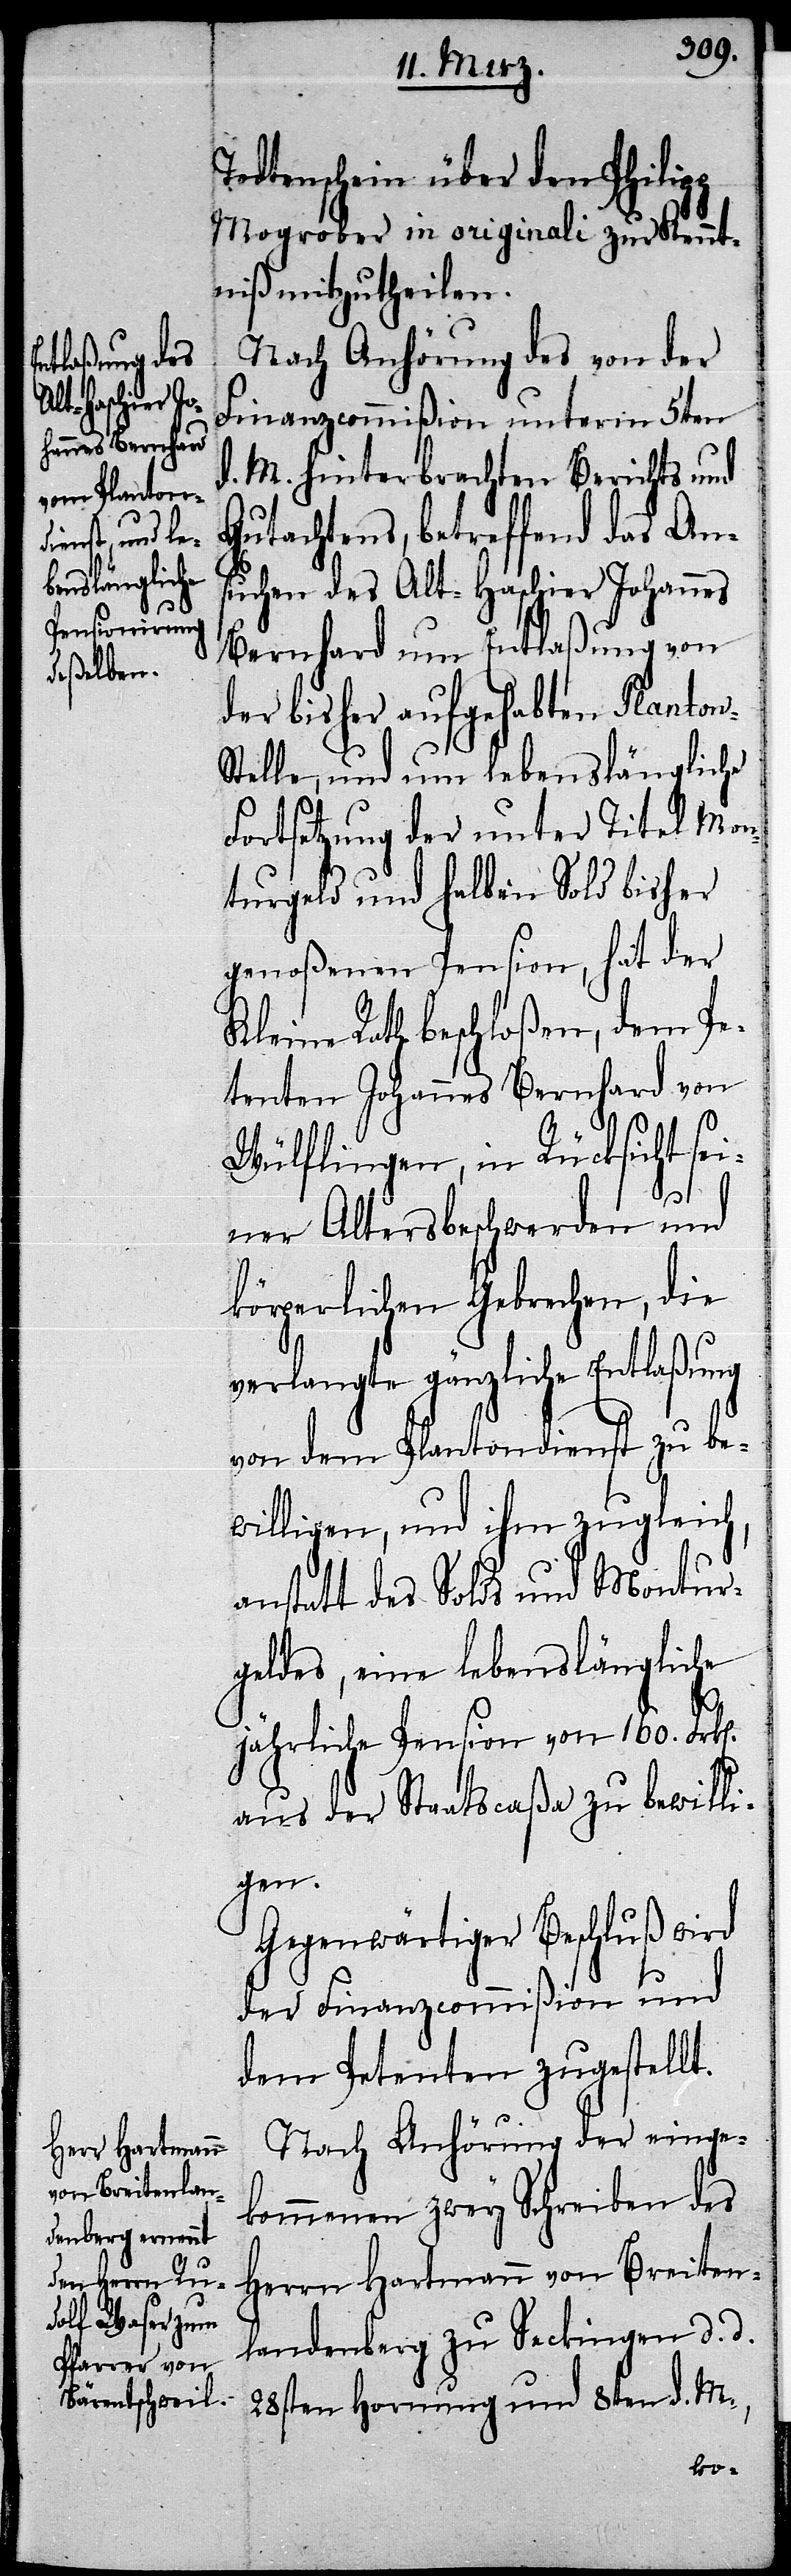
Todtenschein über den Philipp
Mogrober in originali zur Kennt¬
niß mitzutheilen.
Nach Anhörung des von der
Finanzcommißion unterm 5ten
d. M. hinterbrachten Berichts und
tachtens, betreffend das An¬
suchen des Alt-Haschier Johannes
Bernhard um Entlaßung von
der bisher aufgehabten Planto¬
telle, und um lebenslängliche
Fortsetzung der unter Titel Mon¬
turgeld und halben Sold bisher
genoßenen Pension, hat der
Kleine Rath beschloßen, dem Pe¬
tenten Johannes Bernhard von
Wülflingen, in Rücksicht sei¬
ner Altersbeschwerden und
körperlichen Gebrechen, die
verlangte gänzliche Entlaßung
von dem Plantondienst zu be¬
willigen, und ihm zugleich,
anstatt des Solds und Montur¬
geldes, eine lebenslängliche
jährliche Pension von 160. Frk[e¬
aus der Staatscaßa zu bewilli¬
gen.
Gegenwärtiger Beschluß wird
der Finanzcommißion und
dem Petenten zugestellt.
Nach Anhörung der einge¬
kommenen zwey Schreiben des
Herrn Hartmann von Breiten¬
landenberg zu Seckingen d. d.
28sten Hornung und 8ten d. M.,
n].